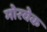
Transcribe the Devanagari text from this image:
मोरवेक